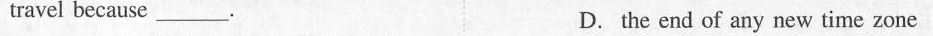
travel because ___ D. the end of any new time zone